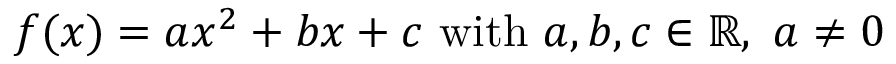
f ( x ) = a x ^ { 2 } + b x + c { \mathrm { ~ w i t h ~ } } a , b , c \in \mathbb { R } , \ a \neq 0